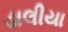
ડાલીયા